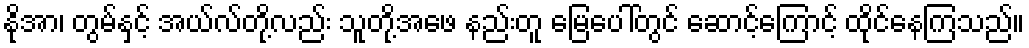
နိုအာ၊ တွမ်နှင့် အယ်လ်တို့လည်း သူတို့အဖေ နည်းတူ မြေပေါ်တွင် ဆောင့်ကြောင့် ထိုင်နေကြသည်။